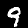
Label: 9